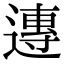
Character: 𨖇